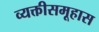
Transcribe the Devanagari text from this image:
व्यक्तीसमूहास